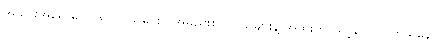
အသားအရေ မကြည်လင်သူများ ၊ အမည်းစက်ရှိသူများနဲ့ အထူးကို သင့်တော်ပါတယ်နော်။